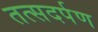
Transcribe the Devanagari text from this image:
तत्सदर्पण